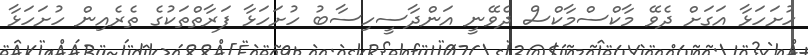
ހުށަހަޅާ އަގަށް ދެވޭ މާކްސްމާކްސް ދެވޭނީ އަންދާސީހިސާބު ހުށަހަޅާ ފަރާތްތަކުގެ ތެރެއިން ހުށަހަޅާ